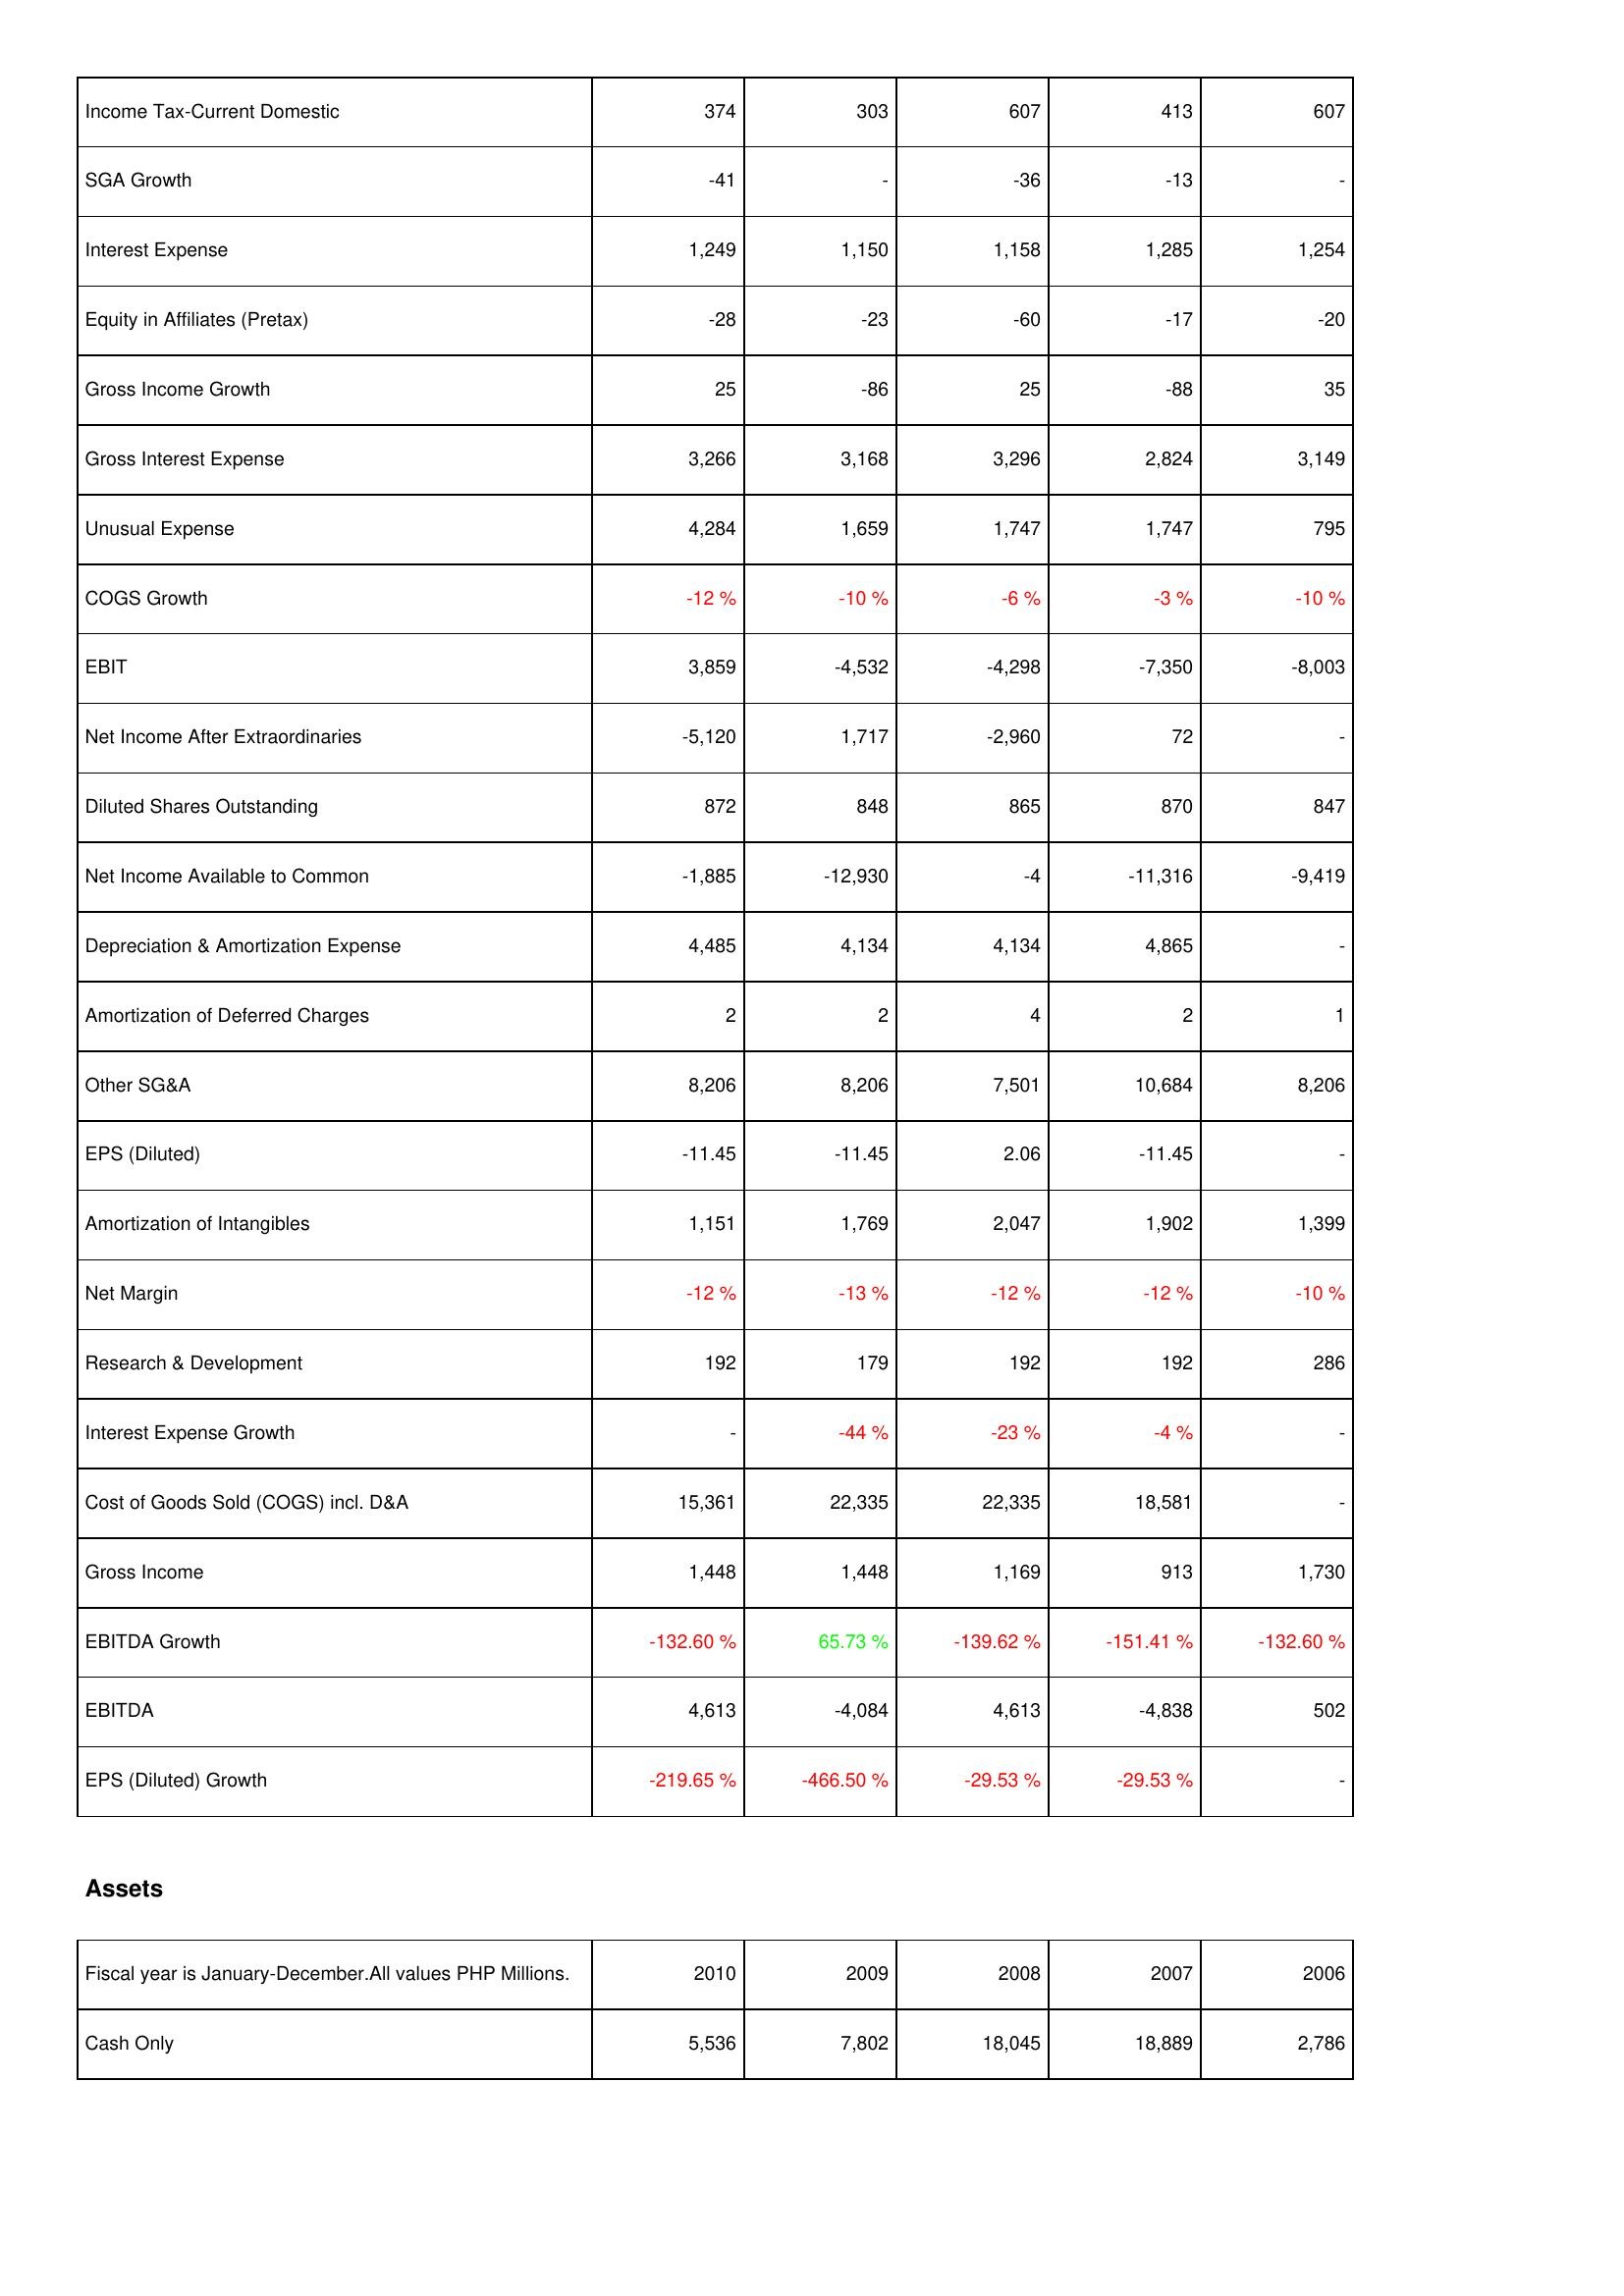
2010: Income Statement: Income Tax-Current Domestic: 374
SGA Growth: -41
Interest Expense: 1,249
Equity in Affiliates (Pretax): -28
Gross Income Growth: 25
Gross Interest Expense: 3,266
Unusual Expense: 4,284
COGS Growth: -12 %
EBIT: 3,859
Net Income After Extraordinaries: -5,120
Diluted Shares Outstanding: 872
Net Income Available to Common: -1,885
Depreciation & Amortization Expense: 4,485
Amortization of Deferred Charges: 2
Other SG&A: 8,206
EPS (Diluted): -11.45
Amortization of Intangibles: 1,151
Net Margin: -12 %
Research & Development: 192
Interest Expense Growth: -
Cost of Goods Sold (COGS) incl. D&A: 15,361
Gross Income: 1,448
EBITDA Growth: -132.60 %
EBITDA: 4,613
EPS (Diluted) Growth: -219.65 %
Assets: Cash Only: 5,536
2009: Income Statement: Income Tax-Current Domestic: 303
SGA Growth: -
Interest Expense: 1,150
Equity in Affiliates (Pretax): -23
Gross Income Growth: -86
Gross Interest Expense: 3,168
Unusual Expense: 1,659
COGS Growth: -10 %
EBIT: -4,532
Net Income After Extraordinaries: 1,717
Diluted Shares Outstanding: 848
Net Income Available to Common: -12,930
Depreciation & Amortization Expense: 4,134
Amortization of Deferred Charges: 2
Other SG&A: 8,206
EPS (Diluted): -11.45
Amortization of Intangibles: 1,769
Net Margin: -13 %
Research & Development: 179
Interest Expense Growth: -44 %
Cost of Goods Sold (COGS) incl. D&A: 22,335
Gross Income: 1,448
EBITDA Growth: 65.73 %
EBITDA: -4,084
EPS (Diluted) Growth: -466.50 %
Assets: Cash Only: 7,802
2008: Income Statement: Income Tax-Current Domestic: 607
SGA Growth: -36
Interest Expense: 1,158
Equity in Affiliates (Pretax): -60
Gross Income Growth: 25
Gross Interest Expense: 3,296
Unusual Expense: 1,747
COGS Growth: -6 %
EBIT: -4,298
Net Income After Extraordinaries: -2,960
Diluted Shares Outstanding: 865
Net Income Available to Common: -4
Depreciation & Amortization Expense: 4,134
Amortization of Deferred Charges: 4
Other SG&A: 7,501
EPS (Diluted): 2.06
Amortization of Intangibles: 2,047
Net Margin: -12 %
Research & Development: 192
Interest Expense Growth: -23 %
Cost of Goods Sold (COGS) incl. D&A: 22,335
Gross Income: 1,169
EBITDA Growth: -139.62 %
EBITDA: 4,613
EPS (Diluted) Growth: -29.53 %
Assets: Cash Only: 18,045
2007: Income Statement: Income Tax-Current Domestic: 413
SGA Growth: -13
Interest Expense: 1,285
Equity in Affiliates (Pretax): -17
Gross Income Growth: -88
Gross Interest Expense: 2,824
Unusual Expense: 1,747
COGS Growth: -3 %
EBIT: -7,350
Net Income After Extraordinaries: 72
Diluted Shares Outstanding: 870
Net Income Available to Common: -11,316
Depreciation & Amortization Expense: 4,865
Amortization of Deferred Charges: 2
Other SG&A: 10,684
EPS (Diluted): -11.45
Amortization of Intangibles: 1,902
Net Margin: -12 %
Research & Development: 192
Interest Expense Growth: -4 %
Cost of Goods Sold (COGS) incl. D&A: 18,581
Gross Income: 913
EBITDA Growth: -151.41 %
EBITDA: -4,838
EPS (Diluted) Growth: -29.53 %
Assets: Cash Only: 18,889
2006: Income Statement: Income Tax-Current Domestic: 607
SGA Growth: -
Interest Expense: 1,254
Equity in Affiliates (Pretax): -20
Gross Income Growth: 35
Gross Interest Expense: 3,149
Unusual Expense: 795
COGS Growth: -10 %
EBIT: -8,003
Net Income After Extraordinaries: -
Diluted Shares Outstanding: 847
Net Income Available to Common: -9,419
Depreciation & Amortization Expense: -
Amortization of Deferred Charges: 1
Other SG&A: 8,206
EPS (Diluted): -
Amortization of Intangibles: 1,399
Net Margin: -10 %
Research & Development: 286
Interest Expense Growth: -
Cost of Goods Sold (COGS) incl. D&A: -
Gross Income: 1,730
EBITDA Growth: -132.60 %
EBITDA: 502
EPS (Diluted) Growth: -
Assets: Cash Only: 2,786